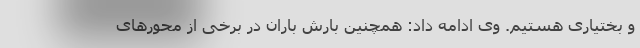
و بختیاری هستیم. وی ادامه داد: همچنین بارش باران در برخی از محورهای